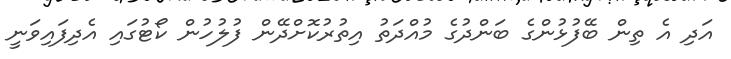
އަދި އެ ތިން ބޭފުޅުންގެ ބަންދުގެ މުއްދަތު އިތުރުކޮށްދޭން ފުލުހުން ކޯޓުގައި އެދިފައިވަނީ